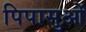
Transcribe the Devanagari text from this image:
पिपासुओं